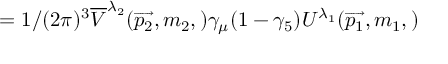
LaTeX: = 1 / ( 2 \pi ) ^ { 3 } \overline { { { V } } } ^ { \lambda _ { 2 } } ( \overrightarrow { p _ { 2 } } , m _ { 2 } , ) \gamma _ { \mu } ( 1 - \gamma _ { 5 } ) U ^ { \lambda _ { 1 } } ( \overrightarrow { p _ { 1 } } , m _ { 1 } , )